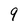
Character: 9